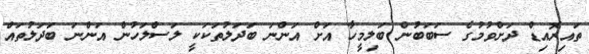
ތައިރޮއިޑް ދަށްވުމުގެ ސަބަބުން ބަލިމީހާ އަށް އަންނަ ބަދަލުތަކަކީ ލަސްލަހުން އަންނަ ބަދަލުތައް